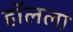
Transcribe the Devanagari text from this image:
हॉलला